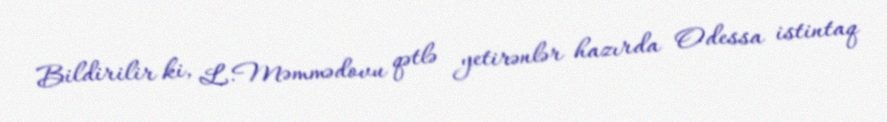
Bildirilir ki, L.Məmmədovu qətlə yetirənlər hazırda Odessa istintaq